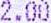
2.00